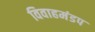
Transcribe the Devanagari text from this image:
विवाहमंडप